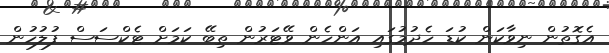
އެގޮތުން ނިވާކަން ކުޑަ ހެދުމުގައި އަންހެން ވޭޓަރުން ތިބޭ ކަަމަށް ޓެކްސަސް ފުލުހުން